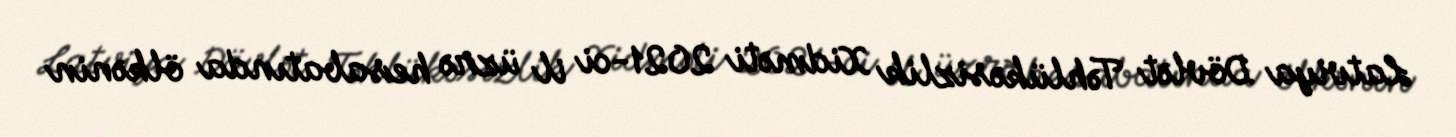
Latviya Dövlət Təhlükəsizlik Xidməti 2021-ci il üzrə hesabatında ölkənin